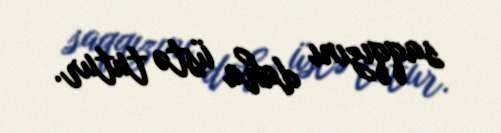
saqqızını daha üstə tutur.